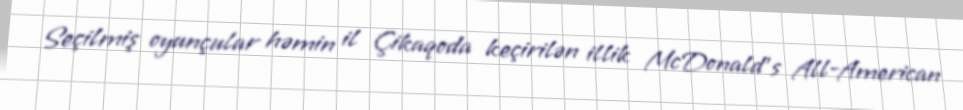
Seçilmiş oyunçular həmin il Çikaqoda keçirilən illik McDonald's All-American